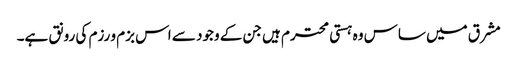
مشرق میں ساس وہ ہستی محترم ہیں جن کے وجود سے اس بزم و رزم کی رونق ہے۔